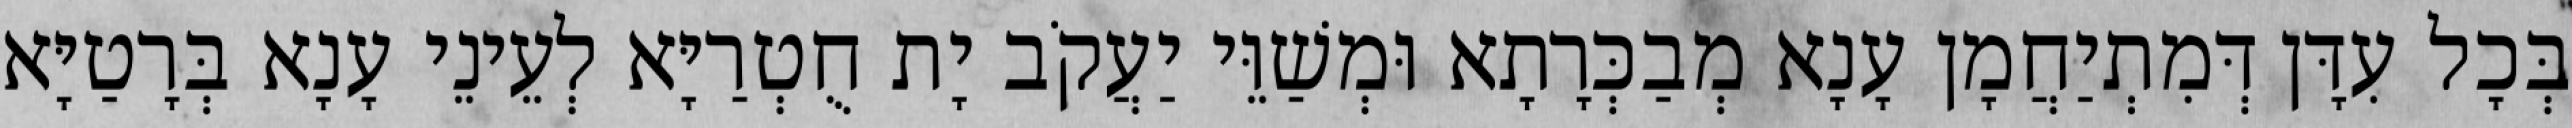
בְּכָל עִדָּן דְּמִתְיַחֲמָן עָנָא מְבַכְּרָתָא וּמְשַׁוֵּי יַעֲקֹב יָת חֻטְרַיָּא לְעֵינֵי עָנָא בְּרָטַיָּא